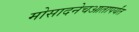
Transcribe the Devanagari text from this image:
मोसादनेचआतापर्यंत